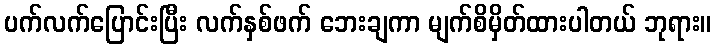
ပက်လက်ပြောင်းပြီး လက်နှစ်ဖက် ဘေးချကာ မျက်စိမှိတ်ထားပါတယ် ဘုရား။